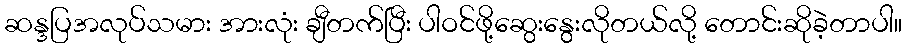
ဆန္ဒပြအလုပ်သမား အားလုံး ချီတက်ပြီး ပါဝင်ဖို့ဆွေးနွေးလိုတယ်လို့ တောင်းဆိုခဲ့တာပါ။